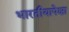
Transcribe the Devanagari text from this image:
भारतीयापेक्षा